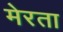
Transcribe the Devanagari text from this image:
मेरता